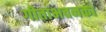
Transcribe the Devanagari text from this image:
गीताभवनका